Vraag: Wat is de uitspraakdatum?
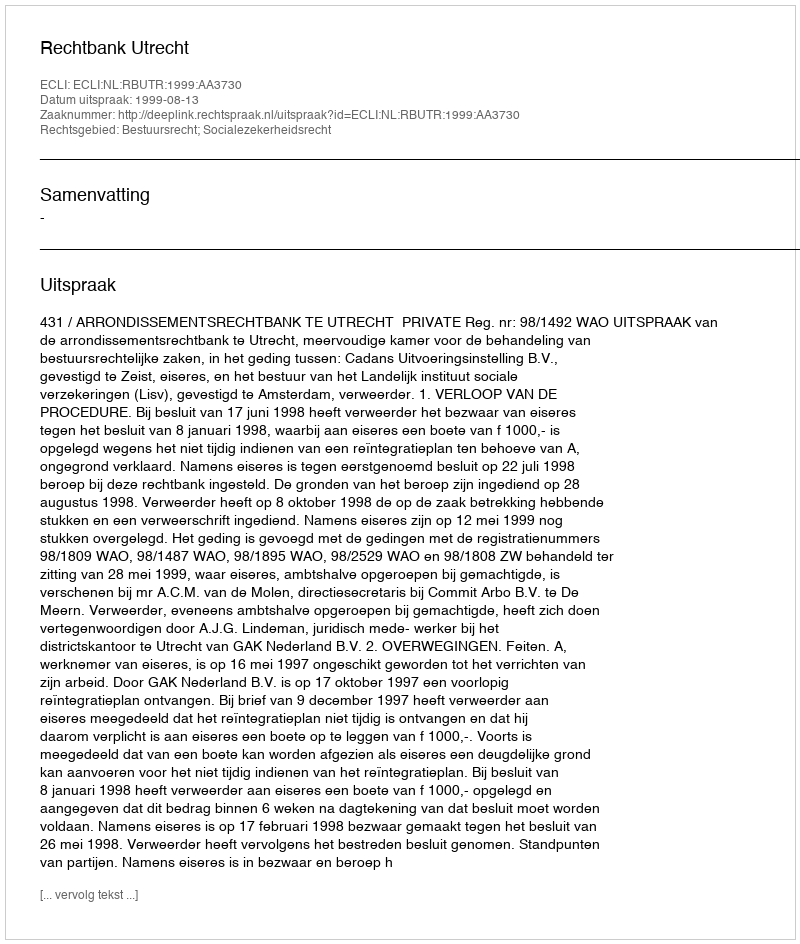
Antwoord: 1999-08-13